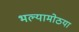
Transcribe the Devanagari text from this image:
भल्यामोठया